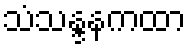
သံသန္ဒနကထာ